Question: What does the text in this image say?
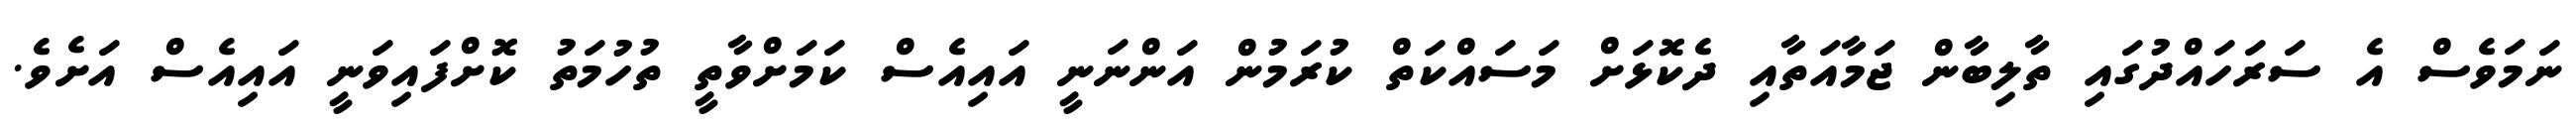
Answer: ނަމަވެސް އެ ސަރަހައްދުގައި ތާލިބާން ޖަމާއަތާއި ދެކޮޅަށް މަސައްކަތް ކުރަމުން އަންނަނީ އައިއެސް ކަމަށްވާތީ ތުހުމަތު ކޮށްފައިވަނީ އައިއެސް އަށެވެ.